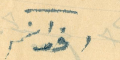
اخوانكم